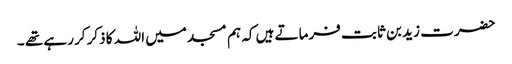
حضرت زید بن ثابت فرماتے ہیں کہ ہم مسجد میں اللہ کا ذکرکر رہے تھے ۔